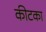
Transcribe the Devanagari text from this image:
कीटका